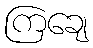
ကြချေ